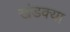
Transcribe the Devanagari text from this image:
खंडक्या